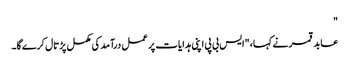
"
عابد قمر نے کہا، "ایس بی پی اپنی ہدایات پر عمل درآمد کی مکمل پڑتال کرے گا۔